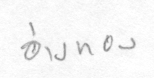
อ่างทอง